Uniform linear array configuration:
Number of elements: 16
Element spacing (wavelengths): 0.25
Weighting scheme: kaiser
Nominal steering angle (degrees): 30
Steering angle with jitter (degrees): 31.609
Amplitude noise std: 0.05
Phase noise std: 0.05

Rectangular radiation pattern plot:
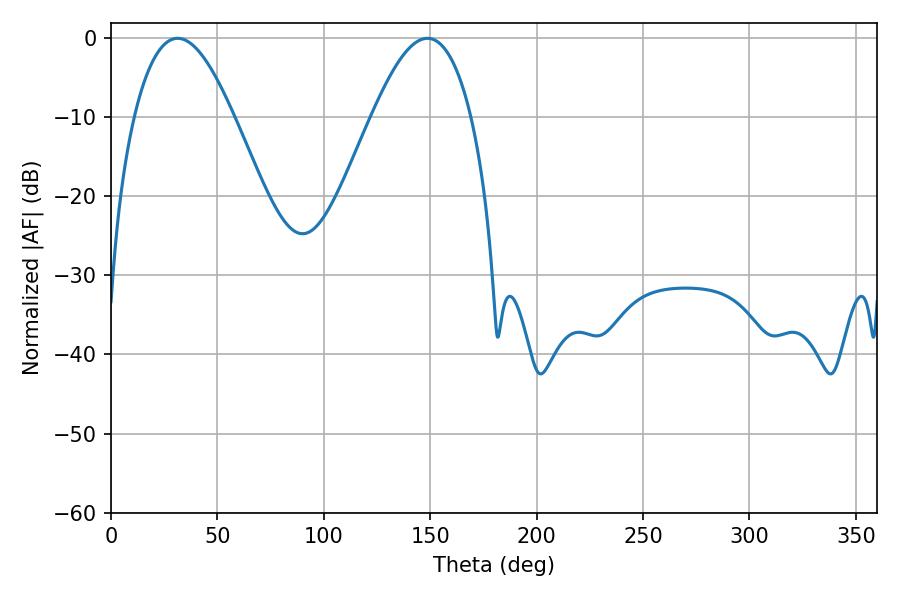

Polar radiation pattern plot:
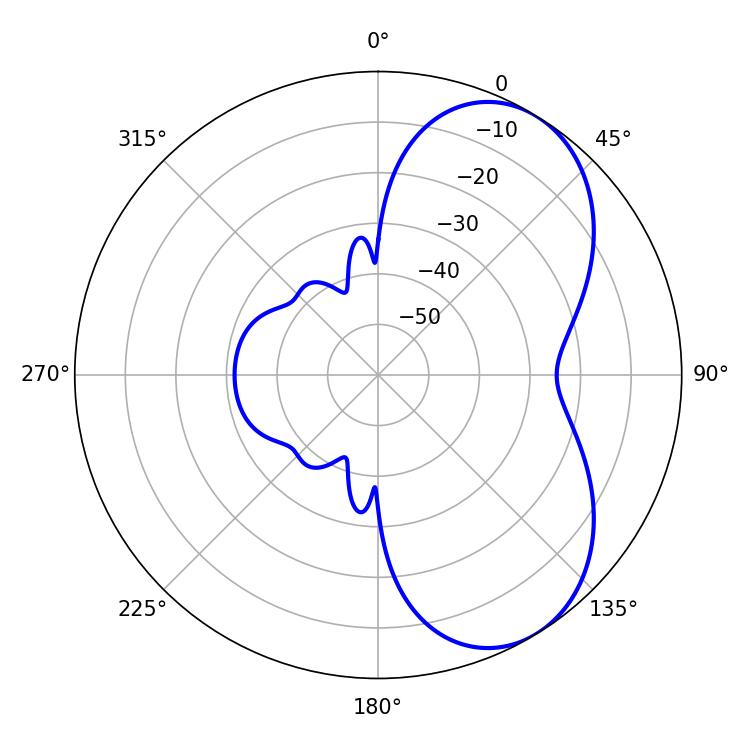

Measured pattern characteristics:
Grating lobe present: FALSE
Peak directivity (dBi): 5.847
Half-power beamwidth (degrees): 25.56
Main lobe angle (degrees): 31.32